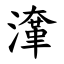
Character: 㵮